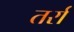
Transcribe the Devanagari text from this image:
तर्रा